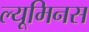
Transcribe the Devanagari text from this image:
ल्यूमिनस